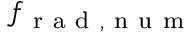
f _ { \mathrm { ~ r ~ a ~ d ~ , ~ n ~ u ~ m ~ } }